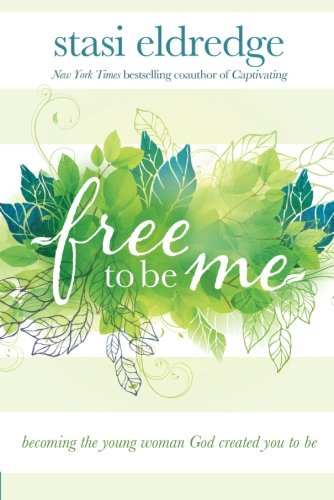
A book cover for Free to Be Me: Becoming the Young Woman God Created You to Be; Stasi Eldredge; Christian Books & Bibles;